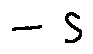
- s